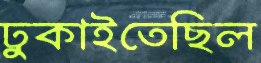
ঢুকাইতেছিল